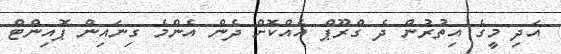
އަދި މީގެ އިތުރުން ދެ ގްރޫޕް އެއްކޮށް ދެން އެންމެ ގިނައިން ޕޮއިންޓް